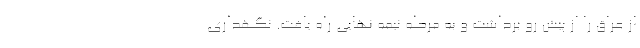
از عراق را از پیش رو برداشت و به مرحله نیمه نهایی راه یافت. نگهداری